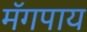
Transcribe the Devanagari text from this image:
मॅगपाय